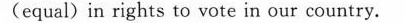
(equal)in rights to vote in our country.